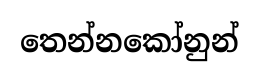
තෙන්නකෝනුන්